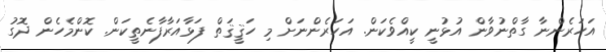
އަހަރެންނާ ގާތްނުވާން އުޅުނީ ކީއްވެކަން. އަހަރެންނަށް މި ހަޤީޤަތް ފަޅާއަރާފާނެތީކަން. ކޮންމެހެން ދޮގު